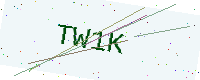
Text: TW1K